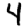
Digit: 4